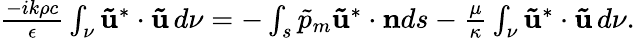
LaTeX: \begin{array}{r}{\frac{-ik\rho c}{\epsilon}\int_{\nu}\mathbf{\tilde{u}}^{*}\cdot\mathbf{\tilde{u}}\, d\nu=-\int_{s}\tilde{p}_{m}\mathbf{\tilde{u}}^{*}\cdot\mathbf{n}ds-\frac{\mu}{\kappa}\int_{\nu}\mathbf{\tilde{u}}^{*}\cdot\mathbf{\tilde{u}}\, d\nu.}\end{array}